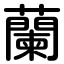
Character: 蘭